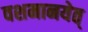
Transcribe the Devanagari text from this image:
वशमानयेत्